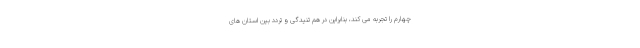
چهارم را تجربه می کند، بنابراین در هم تنیدگی و تردد بین استان های